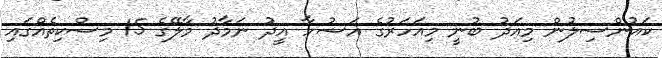
ކައުންސިލުން މިއަދު ބުނީ މިއަހަރުގެ އަޟުހާ އީދު ނަމާދު މާލޭގެ 15 މިސްކިތެއްގައި